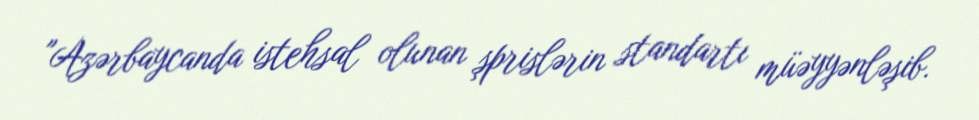
"Azərbaycanda istehsal olunan şprislərin standartı müəyyənləşib.